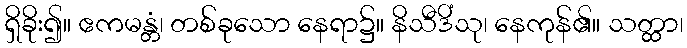
ရှိခိုး၍။ ဧကမန္တံ၊ တစ်ခုသော နေရာ၌။ နိသီဒိံသု၊ နေကုန်၏။ သတ္ထာ၊